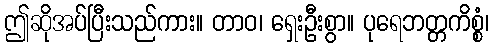
ဤဆိုအပ်ပြီးသည်ကား။ တာဝ၊ ရှေးဦးစွာ။ ပုရေဘတ္တကိစ္စံ၊